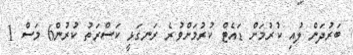
ބަރުދަން ލުއި ކުރުމަށް ޑައެޓް ކުރުމަށްވުރެ ރަނގަޅީ ކަސްރަތު ކުރުން6 މަސް 1